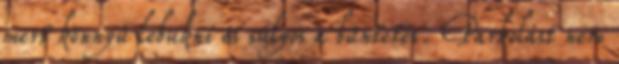
mert könnyű lebukni és súlyos a büntetés. Parkolást nem